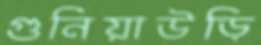
গুনিয়াউড়ি